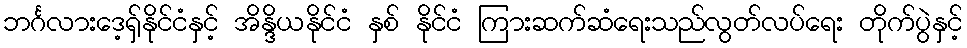
ဘင်္ဂလားဒေ့ရှ်နိုင်ငံနှင့် အိန္ဒိယနိုင်ငံ နှစ် နိုင်ငံ ကြားဆက်ဆံရေးသည်လွတ်လပ်ရေး တိုက်ပွဲနှင့်